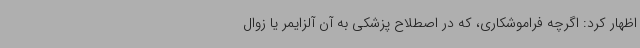
اظهار کرد: اگرچه فراموشکاری، که در اصطلاح پزشکی به آن آلزایمر یا زوال